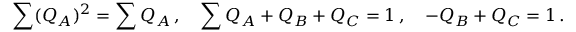
\sum ( Q _ { A } ) ^ { 2 } = \sum Q _ { A } \, , \quad \sum Q _ { A } + Q _ { B } + Q _ { C } = 1 \, , \quad - Q _ { B } + Q _ { C } = 1 \, .